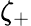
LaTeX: \zeta_{+}